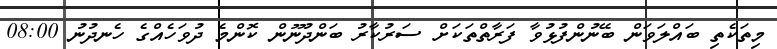
މިތަކެތި ބައްލަވަން ބޭނުންފުޅުވާ ފަރާތްތަކަށް ސަރުކާރު ބަންދުނޫން ކޮންމެ ދުވަހެއްގެ ހެނދުނު 08:00